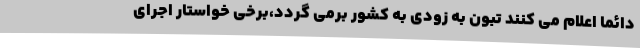
دائما اعلام می کنند تبون به زودی به کشور برمی گردد،برخی خواستار اجرای